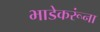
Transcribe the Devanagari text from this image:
भाडेकरूंना